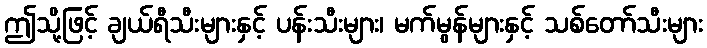
ဤသို့ဖြင့် ချယ်ရီသီးများနှင့် ပန်းသီးများ၊ မက်မွန်များနှင့် သစ်တော်သီးများ